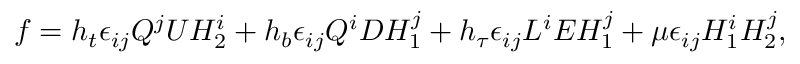
f = h _ { t } \epsilon _ { i j } Q ^ { j } U H _ { 2 } ^ { i } + h _ { b } \epsilon _ { i j } Q ^ { i } D H _ { 1 } ^ { j } + h _ { \tau } \epsilon _ { i j } L ^ { i } E H _ { 1 } ^ { j } + \mu \epsilon _ { i j } H _ { 1 } ^ { i } H _ { 2 } ^ { j } ,